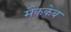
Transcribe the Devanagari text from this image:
मैककेब